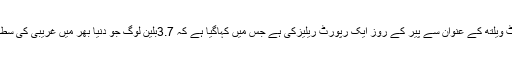
اکسفیم کی عالمی اکنامک ٹرینڈس نے ریوارڈ ورک ناٹ ویلتھ کے عنوان سے پیر کے روز ایک رپورٹ ریلیزکی ہے جس میں کہاگیا ہے کہ 3.7بلین لوگ جو دنیا بھر میں غریبی کی سطح سے نیچے ہیں‘ او ربڑا فائدہ کروڑ پتیوں کو ہوا ہے۔